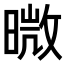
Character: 𭧊